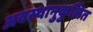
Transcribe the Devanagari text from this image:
अवस्थानुकुलित